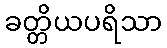
ခတ္တိယပရိသာ